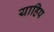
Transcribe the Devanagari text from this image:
याहिप